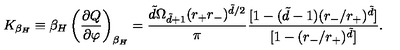
K _ { \beta _ { H } } \equiv \beta _ { H } \left( \frac { \partial Q } { \partial \varphi } \right) _ { \beta _ { H } } = \frac { \tilde { d } \Omega _ { \tilde { d } + 1 } ( r _ { + } r _ { - } ) ^ { \tilde { d } / 2 } } { \pi } \frac { [ 1 - ( \tilde { d } - 1 ) ( r _ { - } / r _ { + } ) ^ { \tilde { d } } ] } { [ 1 - ( r _ { - } / r _ { + } ) ^ { \tilde { d } } ] } .